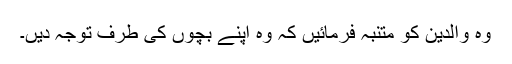
وہ والدین کو متنبہ فرمائیں کہ وہ اپنے بچوں کی طرف توجہ دیں۔